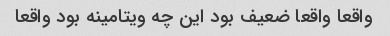
واقعا واقعا ضعیف بود این چه ویتامینه بود واقعا